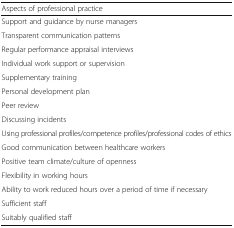
<table><thead><tr><td><b>Aspects of professional practice</b></td></tr></thead><tbody><tr><td>Support and guidance by nurse managers</td></tr><tr><td>Transparent communication patterns</td></tr><tr><td>Regular performance appraisal interviews</td></tr><tr><td>Individual work support or supervision</td></tr><tr><td>Supplementary training</td></tr><tr><td>Personal development plan</td></tr><tr><td>Peer review</td></tr><tr><td>Discussing incidents</td></tr><tr><td>Using professional profiles/competence profiles/professional codes of ethics</td></tr><tr><td>Good communication between healthcare workers</td></tr><tr><td>Positive team climate/culture of openness</td></tr><tr><td>Flexibility in working hours</td></tr><tr><td>Ability to work reduced hours over a period of time if necessary</td></tr><tr><td>Sufficient staff</td></tr><tr><td>Suitably qualified staff</td></tr></tbody></table>